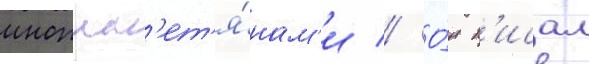
иноплан'ет'я́нам'и // О́н п'исал